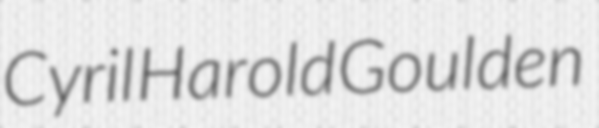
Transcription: Cyril Harold Goulden